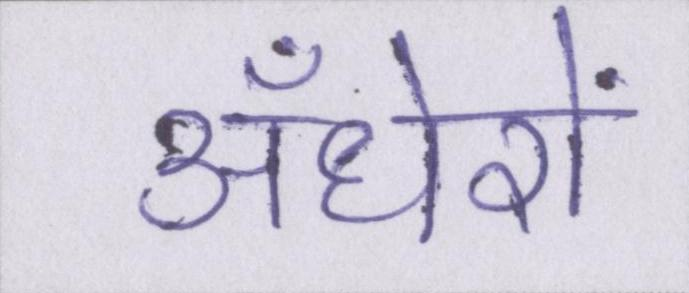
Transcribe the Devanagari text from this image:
अँधेरों